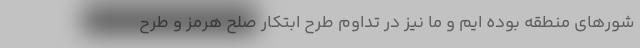
شورهای منطقه بوده ایم و ما نیز در تداوم طرح ابتکار صلح هرمز و طرح